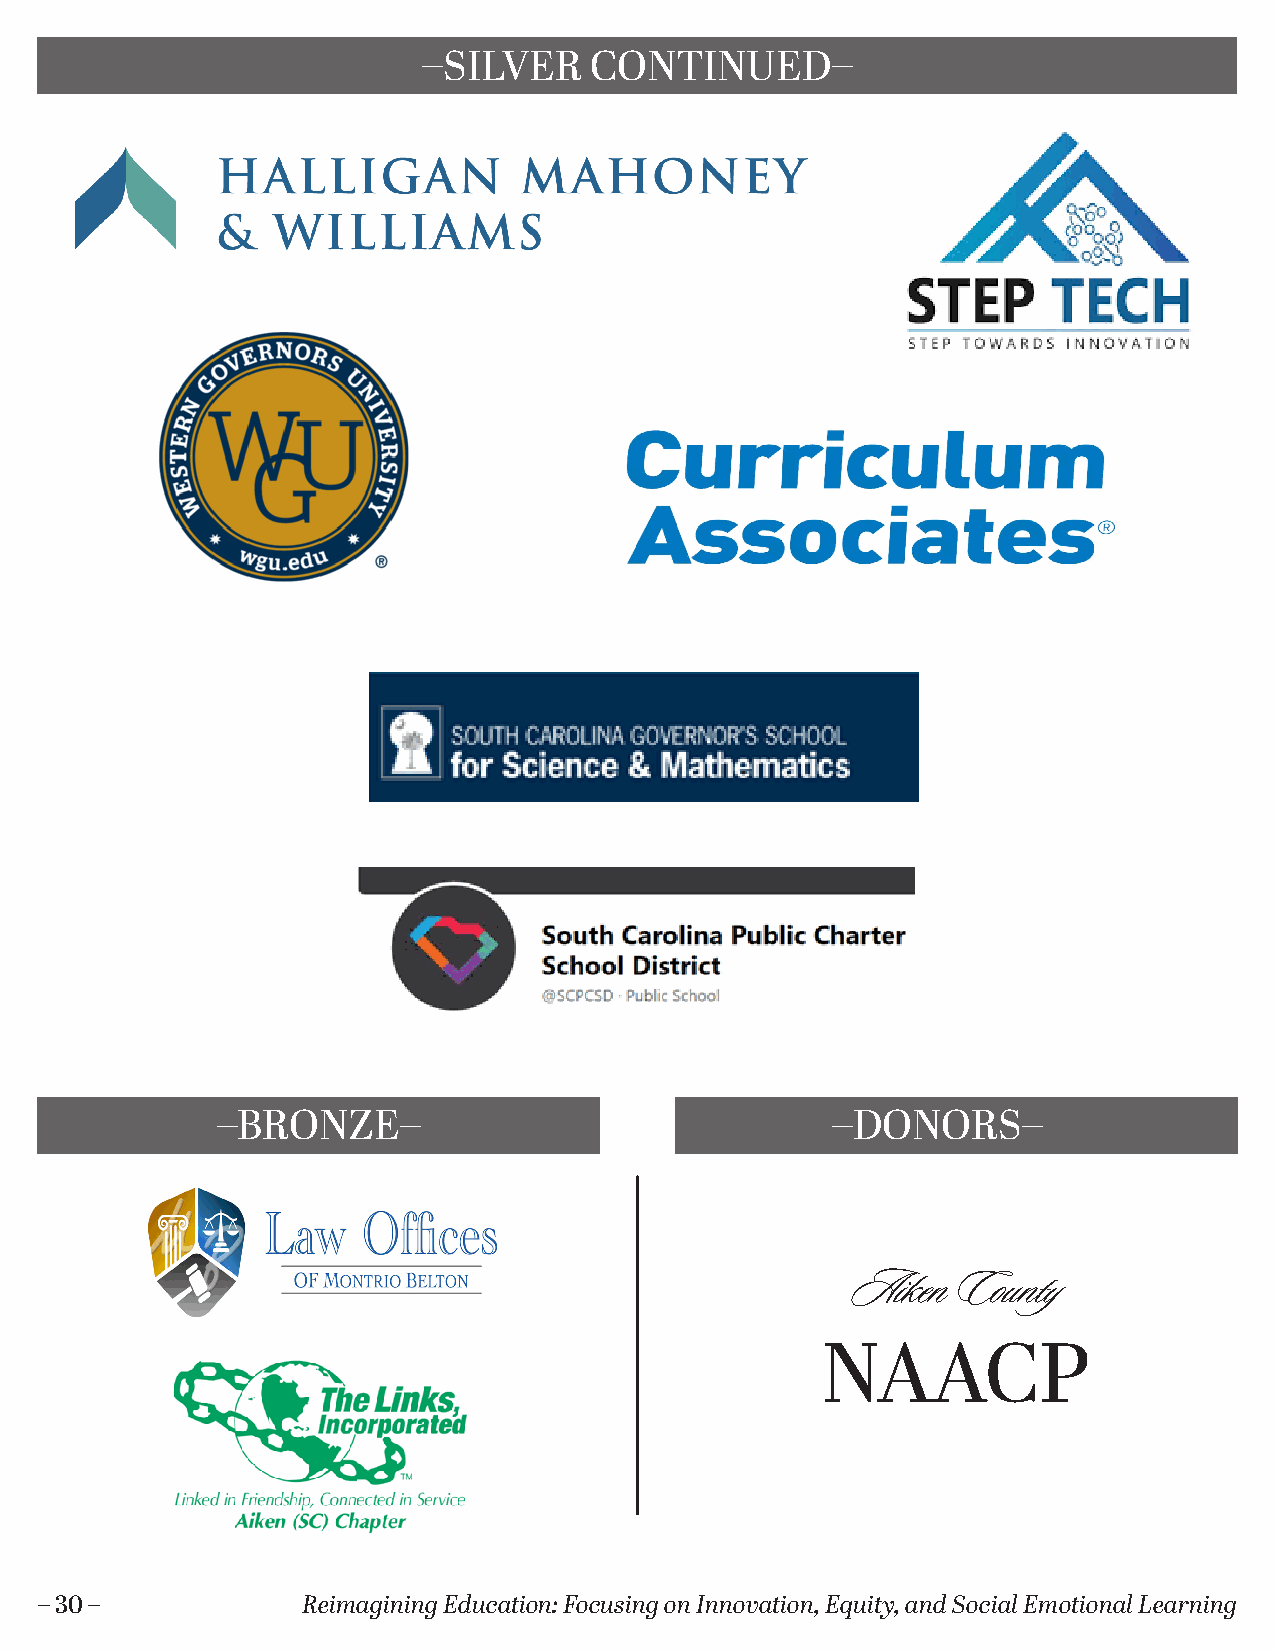
–SILVER    CONTINUED–
 Vendors
 Blue Apple Designs
 College of Education, University of South Carolina
 From Pages to Pedagogy, LLC
 Gibbs Smith Education
 Kkjewelry
 Meteor Education
 Need Nalia
 Palmetto State Teachers Association
 PFS INVESTMENTS
 SCDC/ Palmetto Unified School District
 Scholastic Education
 SEL4SC
 Bronze     ($500)
 Sharp Business Systems
 South Carolina First Steps
 South Carolina Governor's School for the Arts and
 Humanities
 –BRONZE–                                 –DONORS–
 Teacher Created Materials
 Montrio Belton Law Firm
 The Greek Spot
 The Music Doctor / The Max
 The Rensselaerville Institute, Inc.
 The South Carolina Education Association
 T-Mobile
 Velocity Education Group                          Aiken  County
 NAACP
 Donors
 Aiken County NAACP (250.00)
 – 30 –            Reimagining Education: Focusing on Innovation, Equity, and Social Emotional Learning